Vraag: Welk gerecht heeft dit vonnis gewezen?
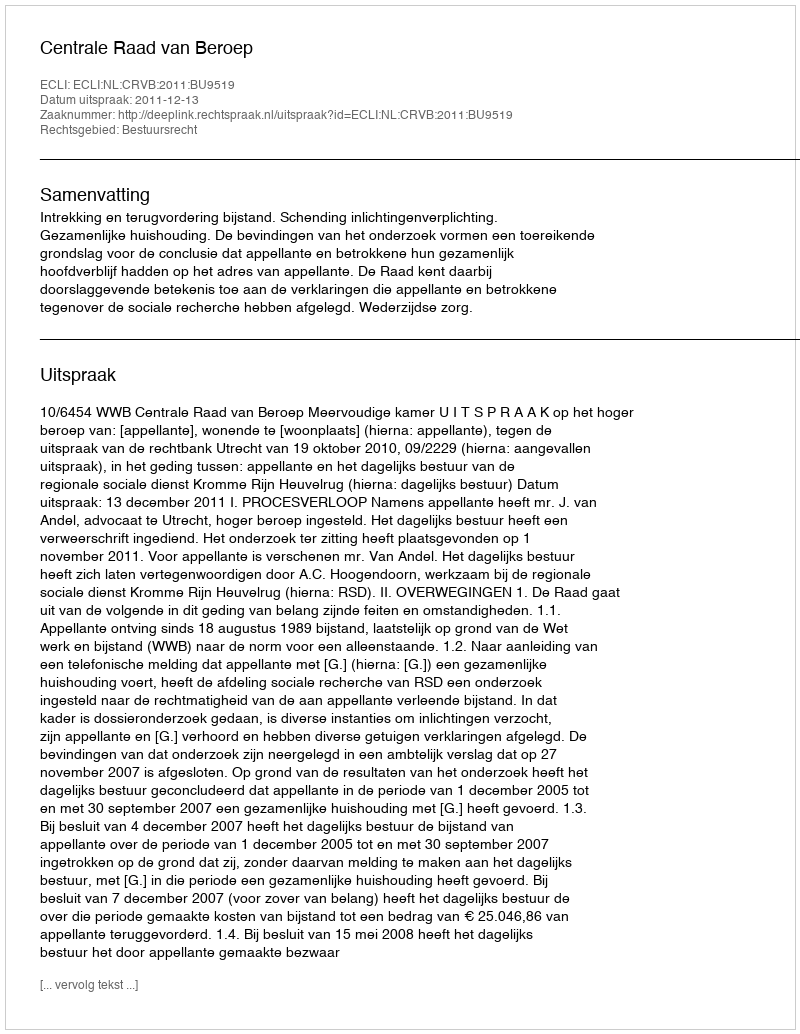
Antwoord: Centrale Raad van Beroep